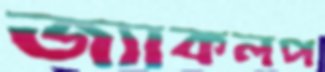
জ্যাকলপ